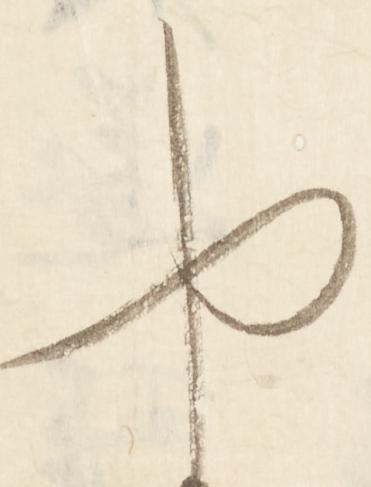
や